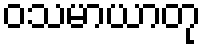
ဝသမာယာတု